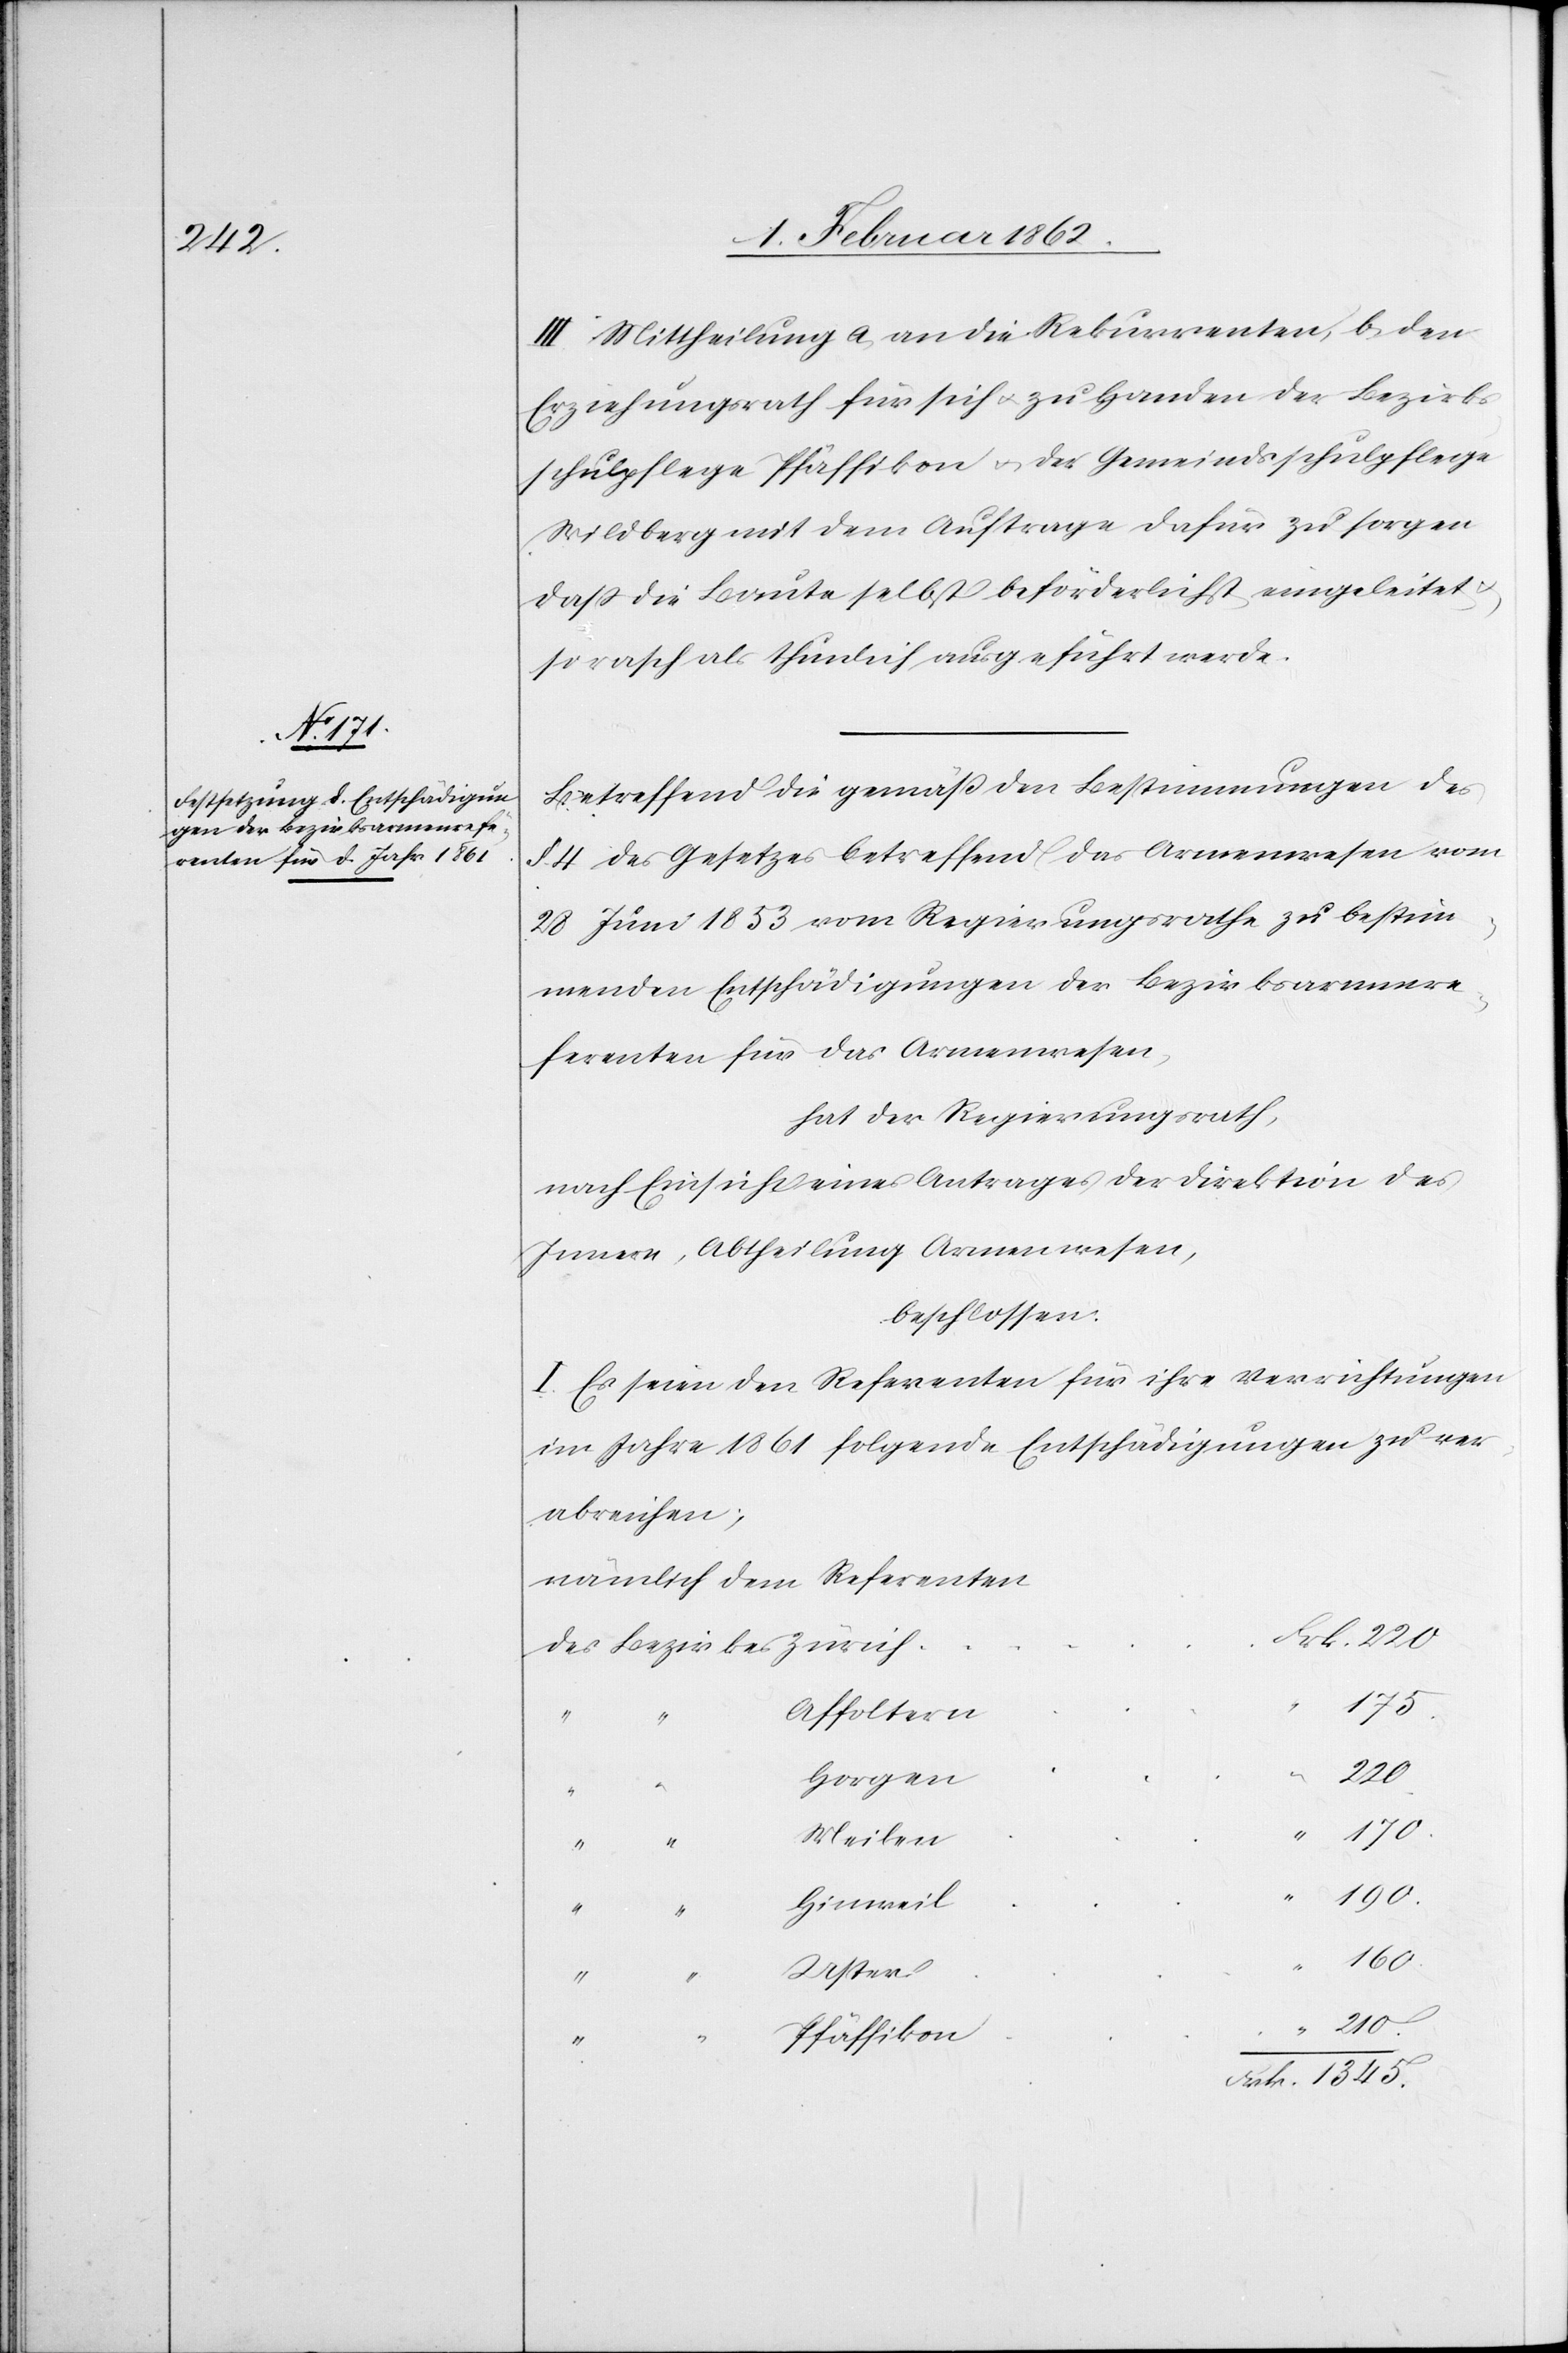
III. Mittheilung a) an die Rekurrenten, b) den
Erziehungsrath für sich u. zu Handen der Bezirks¬
schulpflege Pfäffikon u. der Gemeindsschulpflege
Wildberg mit dem Auftrage dafür zu sorgen
daß die Baute selbst beförderlichst eingeleitet
so rasch als thunlich ausgeführt werde.
Betreffend die gemäß den Bestimmungen des
§. 4 des Gesetzes betreffend das Armenwesen vom
28 Juni 1853 vom Regierungsrathe zu bestim¬
menden Entschädigungen der Bezirksarmenre¬
ferenten für das Armenwesen,
hat der Regierungsrath,
nach Einsicht eines Antrages der Direktion des
Innern, Abtheilung Armenwesen,
beschlossen:
I. Es seien den Referenten für ihre Verrichtungen
im Jahre 1861 folgende Entschädigungen zu ver¬
abreichen,
nämlich dem Referenten
des Bezirkes Zürich
Affoltern
210.
Horgen
Meilen
“
1345.
Hinweil
“
160.
Uster
Pfäffikon